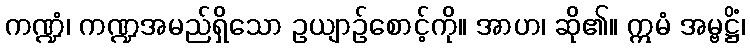
ကဏ္ဍံ၊ ကဏ္ဍအမည်ရှိသော ဥယျာဉ်စောင့်ကို။ အာဟ၊ ဆို၏။ ဣမံ အမ္ဗဋ္ဌိံ၊